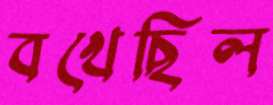
বখেছিল